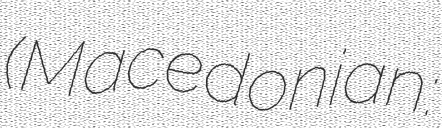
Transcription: (Macedonian: